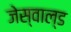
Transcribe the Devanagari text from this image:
जेस्वाल्ड